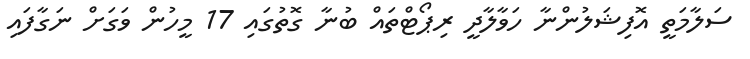
ސަލާމަތީ އޮފިޝަލުންނާ ހަވާލާދީ ރިޕޯޓްތައް ބުނާ ގޮތުގައި 17 މީހުން ވަގަށް ނަގާފައި